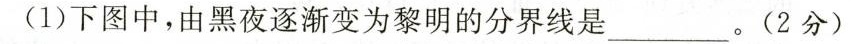
(1)下图中，由黑夜逐渐变为黎明的分界线是_。(2分)